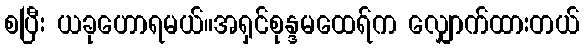
စပြီး ယခုဟောရမယ်။အရှင်စုန္ဒမထေရ်က လျှောက်ထားတယ်